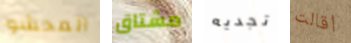
المحشو مشتاق تجديه أقالت